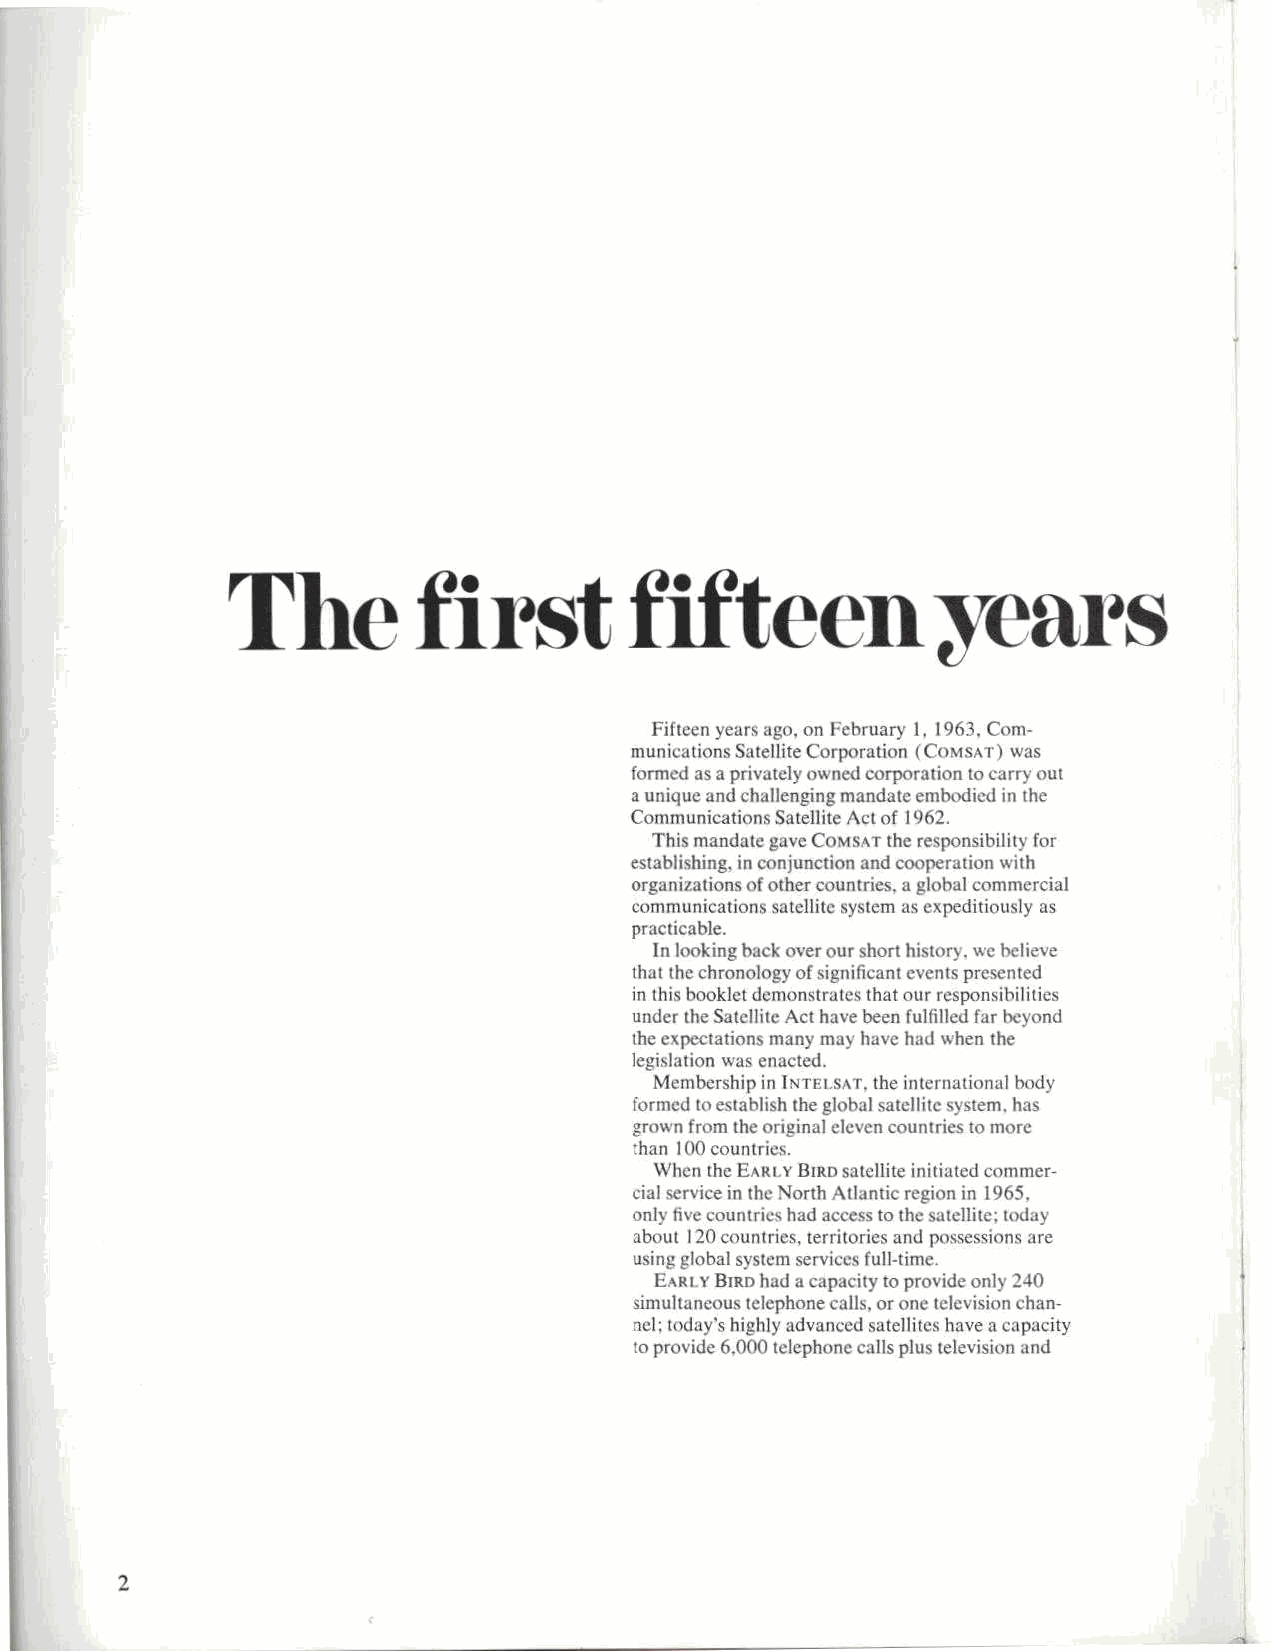
The          fi   rst      fifteen              years
 Fifteen years ago. on February 1. 1963, Com-
 munications Satellite Corporation (COMSAT) was
 formed as a privately owned corporation to carry out
 a unique and challenging mandate embodied in the
 Communications Satellite Act of 1962.
 This mandate gave COMSAT the responsibility for
 establishing, in conjunction and cooperation with
 organizations of other countries, a global commercial
 communications satellite system as expeditiously as
 practicable.
 In looking hack over ourshort history, we believe
 that the chronology of significant events presented
 in this booklet demonstrates that our responsibilities
 under the Satellite Act have been fulfilled far beyond
 the expectations many may have had when the
 legislation was enacted.
 Membership in INTELSAT. the international body
 formed to establish the global satellite system. has
 grown from the original eleven countries to more
 than 100 countries.
 When the EARLY BIRD satellite initiated commer-
 cial service in the North Atlantic region in 1965,
 only five countries had access to the satellite; today
 about 120 countries, territories and possessions are
 using global system services full-time.
 EARLY BIRD had a capacity to provide only 240
 simultaneous telephone calls, or one television chan-
 nel; today's highly advanced satellites have a capacity
 to provide 6.000 telephone calls plus television and